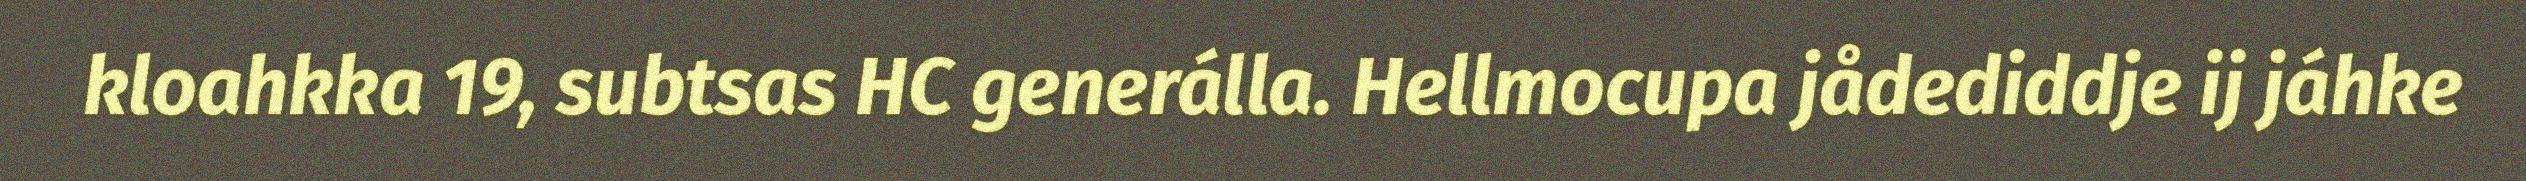
kloahkka 19, subtsas HC generálla. Hellmocupa jådediddje ij jáhke